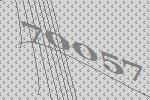
70057